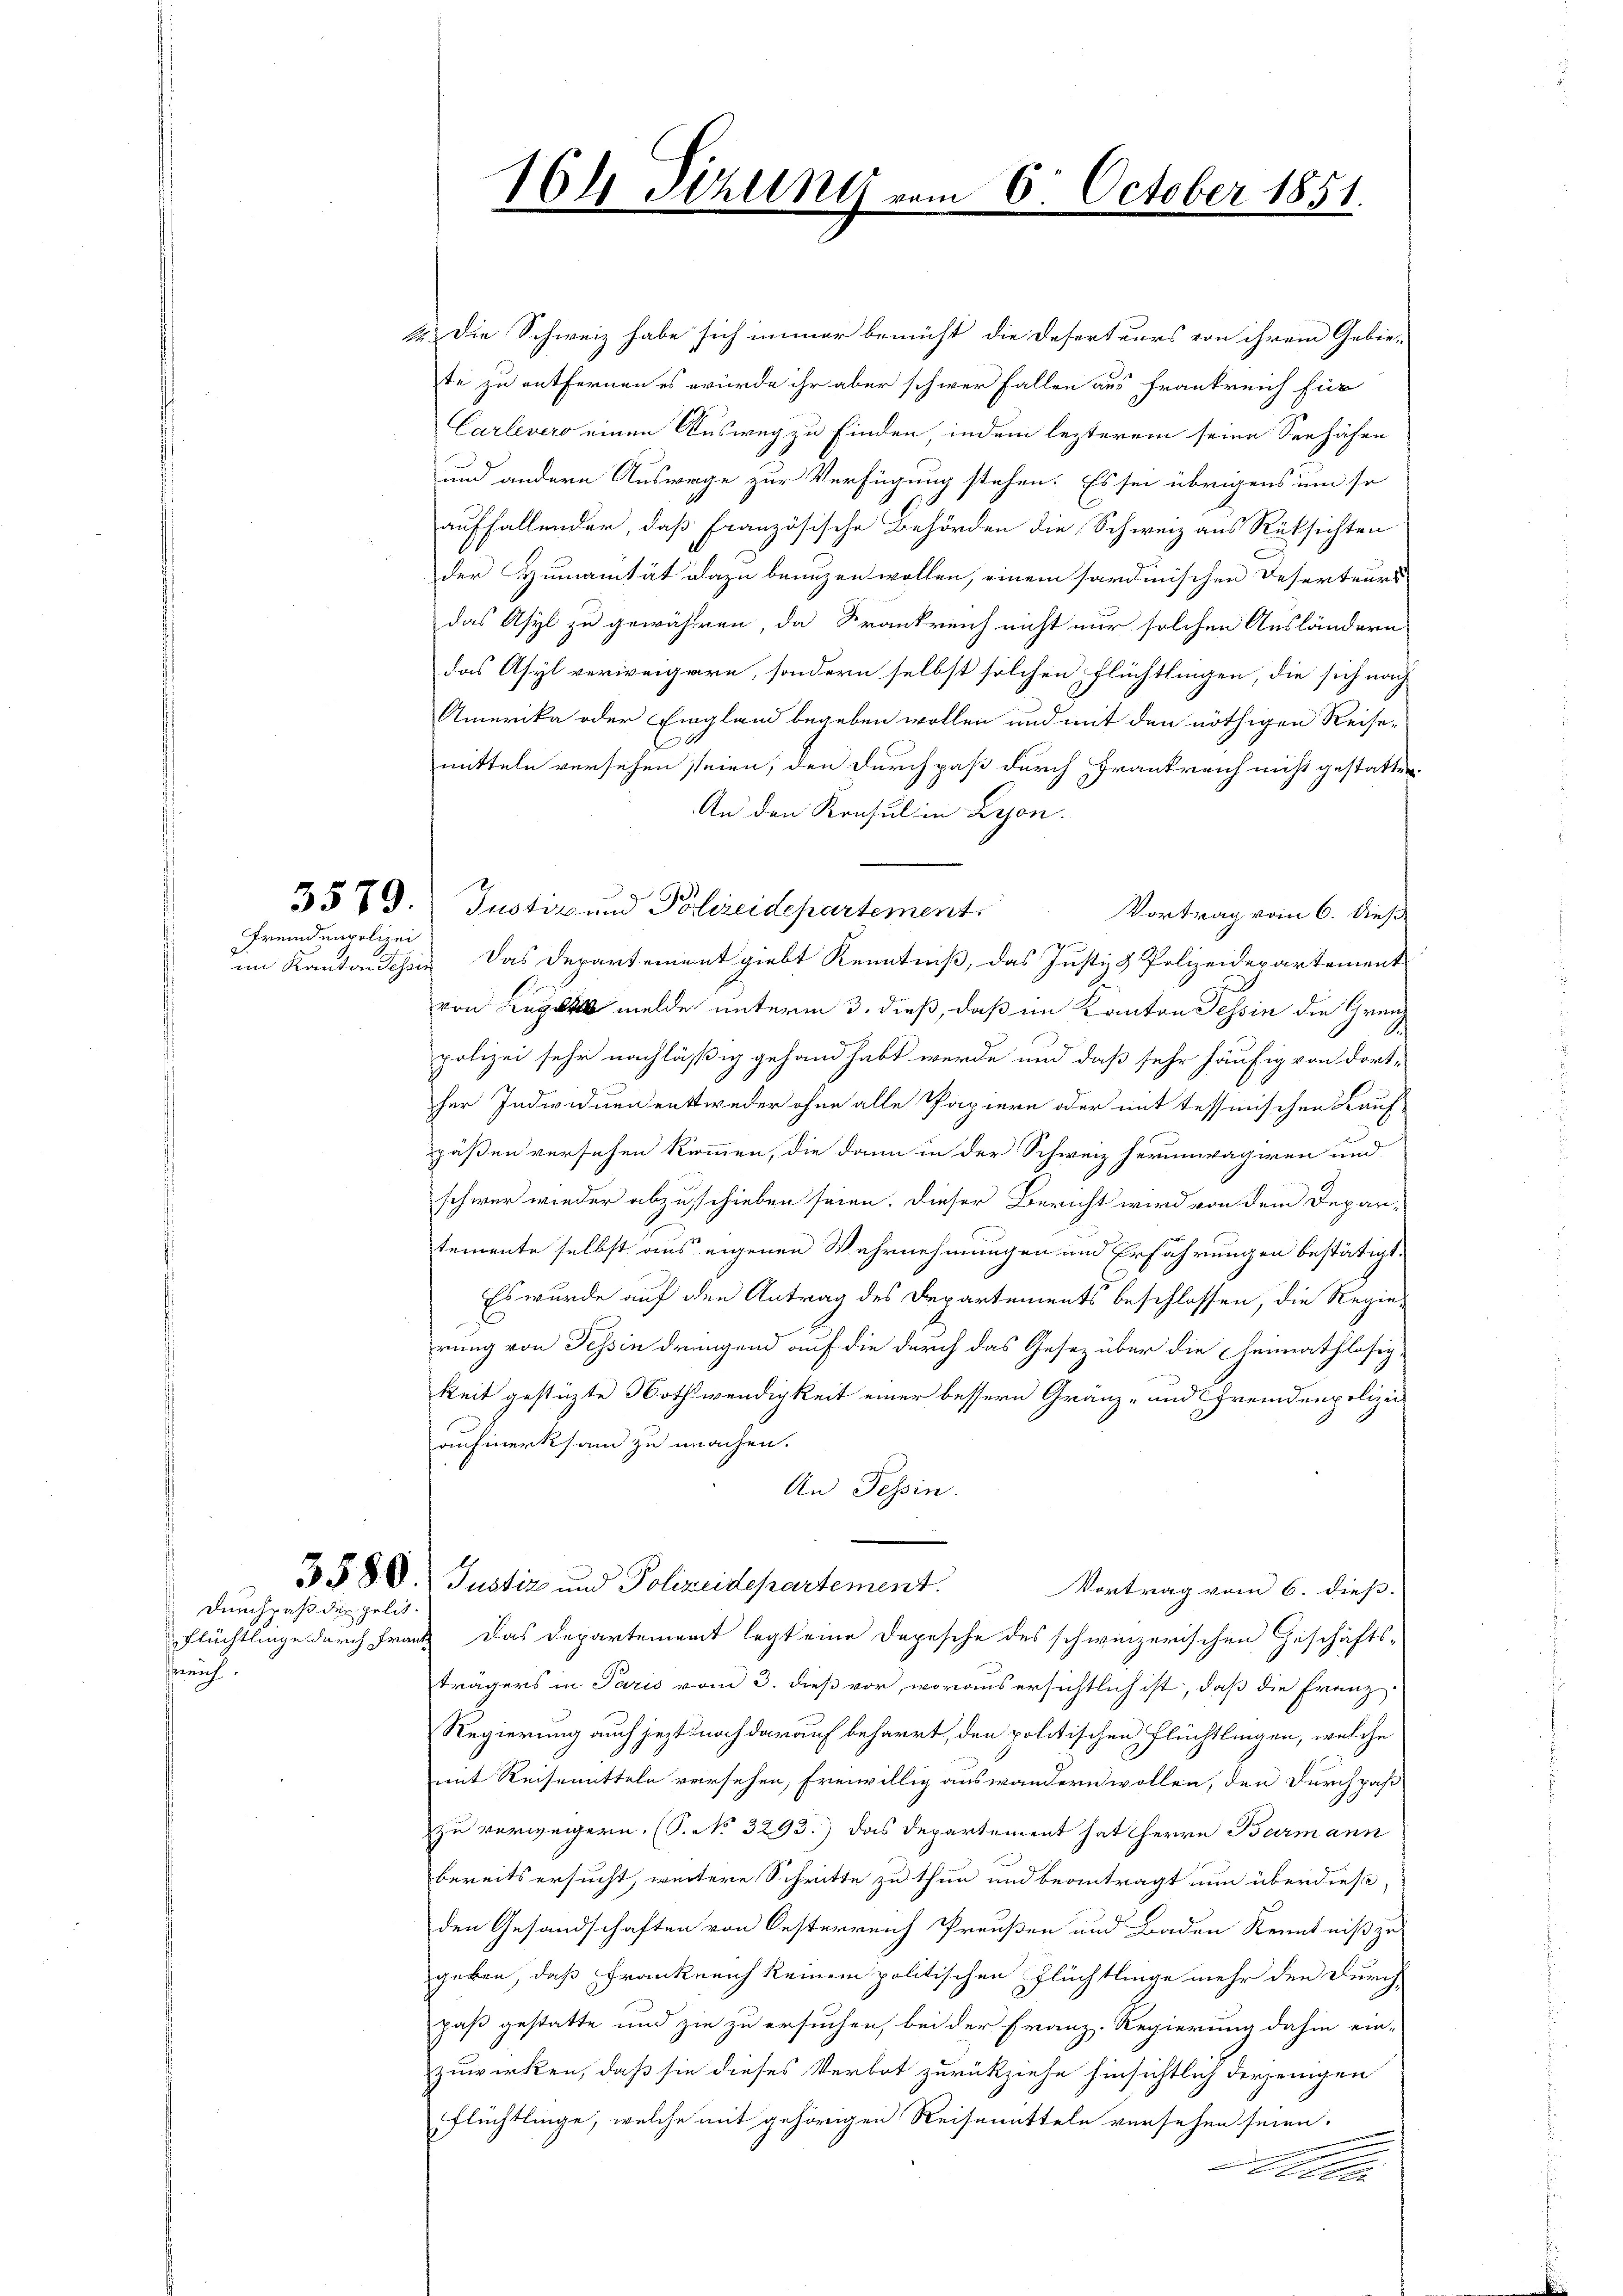
Fremdenpolizei

Durchpaß der gelit

sreich

164 Tizung vom 6. October 1851.

2. Die Schweiz habe sich immer bemüht die Deserteurs von ihrem Gebie-
te zu entfernen es würde ihr aber schwer fallen aus Frankreich für
Carlevero einen Ausweg zu finden, indem lezterem seine Seehäfen
und andere Auswege zur Verfügung stehen. Es sei übrigens um so
auffallender, daß französische Behörden die Schweiz aus Rüksichten
der Humanität dazu benuzen wollen, einem sardinischen Deserteurs
das Asyl zu gewähren, da Krankreich nicht nur solchen Ausländern
das Asyl verweigere, sondern selbst solchen Flüchtlingen, die sich nach
Amerika oder Eingland begeben wollen und mit den nöthigen Reise-
2
mitteln versehen seien, den Durchpaß durch Frankreich nicht gestatten
An den Konsul in Beson
e
3579. Justiz und Polizeidepartement.
Vortrag vom 6. dieß
ge
im Kanton Schine Das Departement giebt Kenntniß, das Justiz & Polizeidepartement
von Lage melde unterm 3. dieß, daß im Kanton Tessin die Grenz
polizei sehr nachläßig gehand habt werde und daß sehr häufig von dort-
her Individuen entweder ohne alle Papiere oder mit Tessinischen Kauf-
päßen versehen kommen, die dann in der Schweiz herumvagiren und
schwer wieder abzuschieben seien. Dieser Bericht wird von dem Depar-
temente selbst aus eigenen Wahrnehmungen und Erfahrungen bestätigt.
Es wurde auf den Antrag des Departements beschlossen, die Regierung von Tessin dringend auf die durch das Gesetz über die Heimathlosigkeit gestüzte Nothwendigkeit einer bessern Gränz- und fremdenpolizei
aufmerksam zu machen.
An Tessin.
3588. Justiz und Polizeidepartement.
Vortrag vom 6. dieß.
Flüchtlinge durch Frank das Departement legt eine Depesche des schwinzerischen Geschäfts-
trägers in Paris vom 3. dieß vor, woraus ersichtlich ist, daß die Franz
Regierung auch jetzt noch darauf beharrt, den politischen Flüchtlingen, welche
mit Reisemitteln versehen, freiwillig auswandern wollen, den Durchpaß
zu verweigern. (S. No 3293.) das Departement hat Herrn Burmann
bereits ersucht, weitere Schritte zu thun und beantragt nun überdieß,
den Gesandschaften von Oesterreich Preußen und Baden Kenntniß zu
geben, daß Frankreich keinem politischen Flüchtlinge mehr den Durch
paß gestatte und sie zu ersuchen, bei der Franz-Regierung dahin ein-
zuwirken, daß sie dieses Verbot zurückziehe hinsichtlich derjenigen
flüchtlinge, welche mit gehörigen Reisemitteln versehen seien.
l